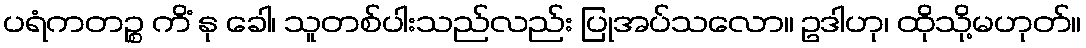
ပရံကတဉ္စ ကိံ နု ခေါ၊ သူတစ်ပါးသည်လည်း ပြုအပ်သလော။ ဥဒါဟု၊ ထိုသို့မဟုတ်။